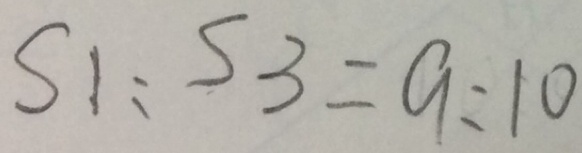
S _ { 1 } : S _ { 3 } = 9 : 1 0